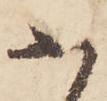
不